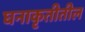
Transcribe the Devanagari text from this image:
घनाकृतीतील